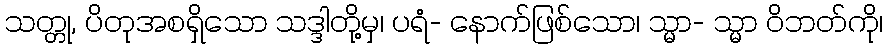
သတ္တု, ပိတုအစရှိသော သဒ္ဒါတို့မှ၊ ပရံ- နောက်ဖြစ်သော၊ သ္မာ- သ္မာ ဝိဘတ်ကို၊